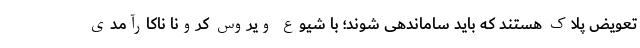
تعویض پلاک هستند که باید ساماندهی شوند؛ با شیوع ویروس کرونا ناکارآمدی